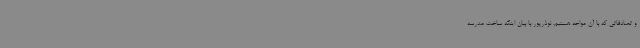
و تصادفاتی که با آن مواجه هستیم. نوذرپور با بیان اینکه ساخت مدرسه